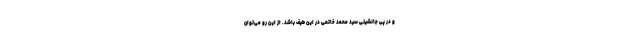
و در پی جانشینی سید محمد خاتمی در این طیف باشد. از این رو می‌توان